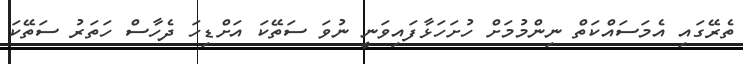
ތެރޭގައި އެމަސައްކަތް ނިންމުމަށް ހުށަހަޅާފައިވަނީ ނުވަ ސަތޭކަ އަށްޑިހަ ދެހާސް ހަތަރު ސަތޭކަ